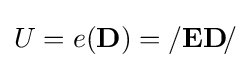
U=e(\mathbf {D} )=/\mathbf {ED} \!/